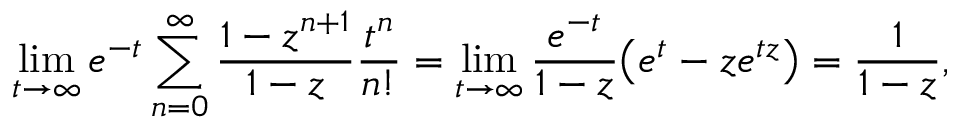
\operatorname* { l i m } _ { t \rightarrow \infty } e ^ { - t } \sum _ { n = 0 } ^ { \infty } \frac { 1 - z ^ { n + 1 } } { 1 - z } \frac { t ^ { n } } { n ! } = \operatorname* { l i m } _ { t \rightarrow \infty } \frac { e ^ { - t } } { 1 - z } \big ( e ^ { t } - z e ^ { t z } \big ) = \frac { 1 } { 1 - z } ,